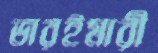
ভারইমারী